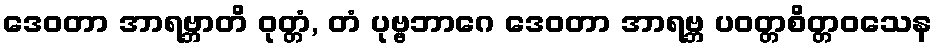
ဒေဝတာ အာရဗ္ဘာတိ ဝုတ္တံ, တံ ပုဗ္ဗဘာဂေ ဒေဝတာ အာရဗ္ဘ ပဝတ္တစိတ္တဝသေန